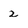
Character: 2